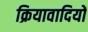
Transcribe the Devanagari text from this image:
क्रियावादियों